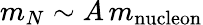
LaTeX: m_{N}\sim A\, m_{\mathrm{nucleon}}